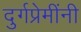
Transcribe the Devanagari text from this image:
दुर्गप्रेमींनी